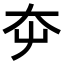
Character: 𡗡